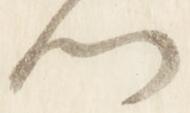
門